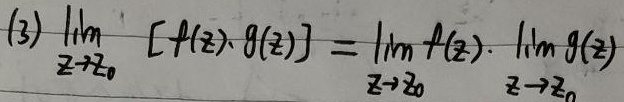
(3) \(\lim_{z \to z_{0}}[f(z)\cdot g(z)]=\lim_{z \to z_{0}}f(z)\cdot\lim_{z \to z_{0}}g(z)\)